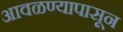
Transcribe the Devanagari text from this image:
आवळण्यापासून